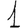
Digit: 1